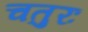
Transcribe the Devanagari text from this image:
चतुरः